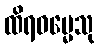
ထိရဓမ္မေသု